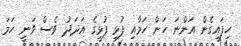
ހިފައިގެން އަންނަ ހަން ހަމާއި ފުޅި ފުޅީގެ އަދަދު ވެސް ވަނީ ހަމަ